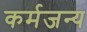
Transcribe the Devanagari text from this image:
कर्मजन्य